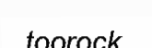
toorock